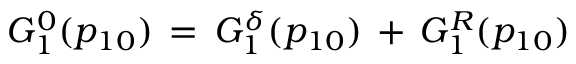
G _ { 1 } ^ { 0 } ( p _ { 1 0 } ) \, = \, G _ { 1 } ^ { \delta } ( p _ { 1 0 } ) \, + \, G _ { 1 } ^ { R } ( p _ { 1 0 } )